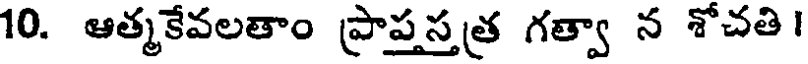
10. ఆత్మకేవలతాం ప్రాప్తస్తత్ర గత్వా న శోచతి ।